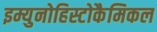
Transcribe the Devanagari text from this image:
इम्युनोहिस्टोकैमिकल